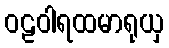
ဝဠဝါရထမာရုယှ